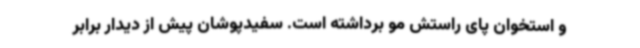
و استخوان پای راستش مو برداشته است. سفیدپوشان پیش از دیدار برابر